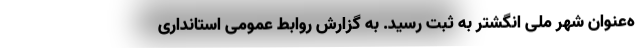
ه‌عنوان شهر ملی انگشتر به ثبت رسید. به گزارش روابط عمومی استانداری